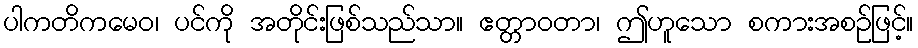
ပါကတိကမေဝ၊ ပင်ကို အတိုင်းဖြစ်သည်သာ။ ဧတ္တာဝတာ၊ ဤဟူသော စကားအစဉ်ဖြင့်။